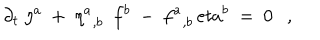
\partial _ { t } \ \eta ^ { a } \ + \ { \eta ^ { a } } _ { , b } \ \ f ^ { b } \ - \ { f ^ { a } } _ { , b } \, e t a ^ { b } \ = \ 0 \ \ \ ,